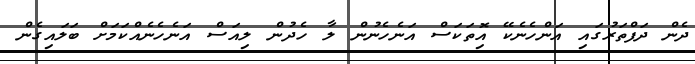
ދެން ދަފްތަރުގައި އަންހެނެކޭ އޮިތަކަސް އަނެހެނުން ލާ ހެދުން ލިއަސް އަނެހެނެއްކަމަށް ބަލައިގެން